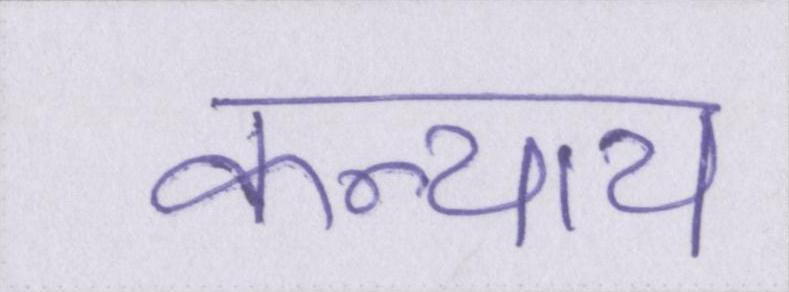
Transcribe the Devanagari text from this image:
कन्याय